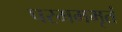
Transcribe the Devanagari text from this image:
परमममृतं